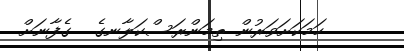
ހަމަކަށަވަރުން ތިމަންރަސްކަލާނގެ  ގެފާނަށް